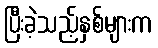
ပြီးခဲ့သည့်နှစ်များက